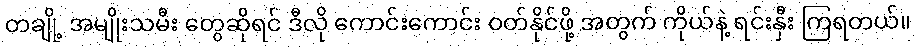
တချို့ အမျိုးသမီး တွေဆိုရင် ဒီလို ကောင်းကောင်း ဝတ်နိုင်ဖို့ အတွက် ကိုယ်နဲ့ ရင်းနှီး ကြရတယ်။